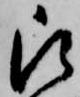
被